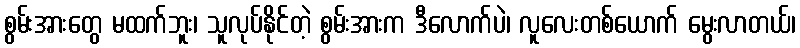
စွမ်းအားတွေ မထက်ဘူး၊ သူလုပ်နိုင်တဲ့ စွမ်းအားက ဒီလောက်ပဲ၊ လူလေးတစ်ယောက် မွေးလာတယ်၊